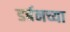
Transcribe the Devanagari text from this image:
डर्बनच्या